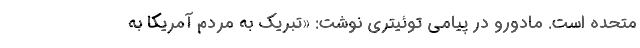
متحده است. مادورو در پیامی توئیتری نوشت: «تبریک به مردم آمریکا به